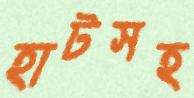
হাটসহ